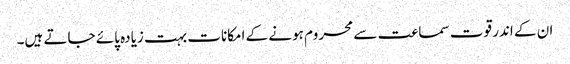
ان کے اندر قوت سماعت سے محروم ہونے کے امکانات بہت زیادہ پائے جاتے ہیں۔